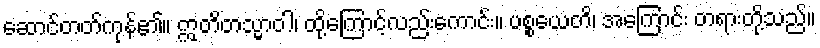
ဆောင်တတ်ကုန်၏။ ဣတိတသ္မာဝါ၊ ထို့ကြောင့်လည်းကောင်း။ ပစ္စယေတိ၊ အကြောင်း တရားတို့သည်။